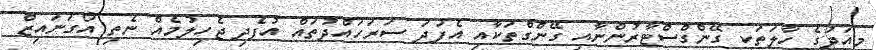
މިއަދުގެ ހާލަތަކީ ގޭންގްސްޓާރުންނާއި ގޭންގްތަކާއި އެފަދަ ސަރަހައްދުތައް އުފެދި ޖެހިލުމެއް ނެތި އޯގަނަައިޒް